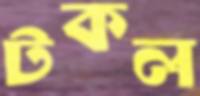
টকল